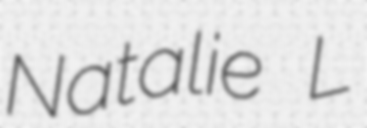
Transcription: Natalie L